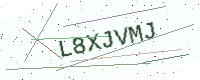
Text: L8XJVMJ